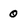
Character: 0